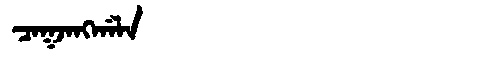
Manchu: ᠴᠠᡴᠵᠠᠩᡤᠠᠯᠠ
Romanization: CAKJANGGALA